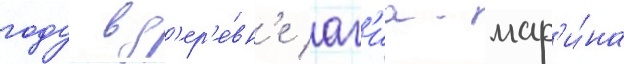
году в д'ер'е́вн'е аг'иа-мар'и́на